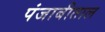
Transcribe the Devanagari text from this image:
पंजाबीताल